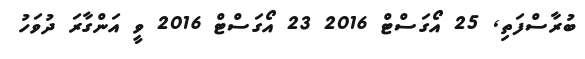
ބުރާސްފަތި